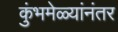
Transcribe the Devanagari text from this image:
कुंभमेळ्यांनंतर